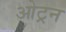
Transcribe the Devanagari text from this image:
ओट्रन